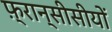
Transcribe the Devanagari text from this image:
फ़्रान्सीसीयों